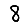
Digit: 8